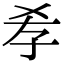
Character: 𡥉